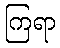
ကြရာ